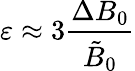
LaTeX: \varepsilon\approx 3\frac{\Delta B_{0}}{\tilde{B}_{0}}